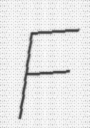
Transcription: F